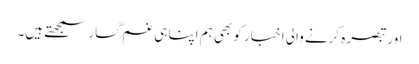
اور تبصرہ کرنے والی اخبار کو بھی ہم اپناہی غم گسار سمجھتے ہیں۔